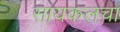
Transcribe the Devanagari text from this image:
सायकलचा